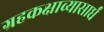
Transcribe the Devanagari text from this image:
ग्रहकक्षाव्यासार्धं